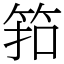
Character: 筘